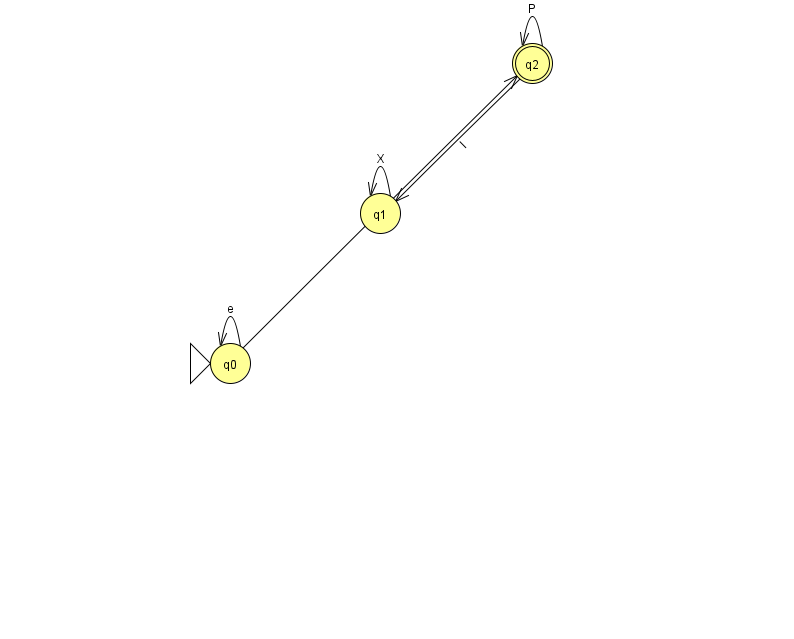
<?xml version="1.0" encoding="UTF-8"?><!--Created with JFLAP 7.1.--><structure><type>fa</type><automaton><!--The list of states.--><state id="0" name="q0"><x>230.0</x><y>350.0</y><initial/></state><state id="1" name="q1"><x>380.0</x><y>200.0</y></state><state id="2" name="q2"><x>532.0</x><y>50.0</y><final/></state><!--The list of transitions.--><transition><from>2</from><to>2</to><read>P</read></transition><transition><from>2</from><to>1</to><read>l</read></transition><transition><from>0</from><to>0</to><read>e</read></transition><transition><from>1</from><to>1</to><read>X</read></transition><transition><from>0</from><to>2</to><read>c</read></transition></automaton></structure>